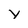
Character: Y